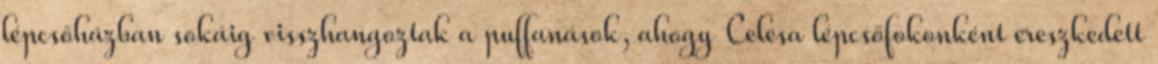
lépcsőházban sokáig visszhangoztak a puffanások, ahogy Celesa lépcsőfokonként ereszkedett